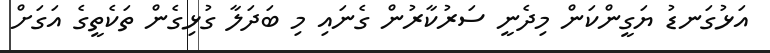
އަޅުގަނޑު ޔަގީންކަން މިދެނީ ސަރުކާރުން ގެނައި މި ބަދަލާ ގުޅިގެން ތަކެތީގެ އަގަށް